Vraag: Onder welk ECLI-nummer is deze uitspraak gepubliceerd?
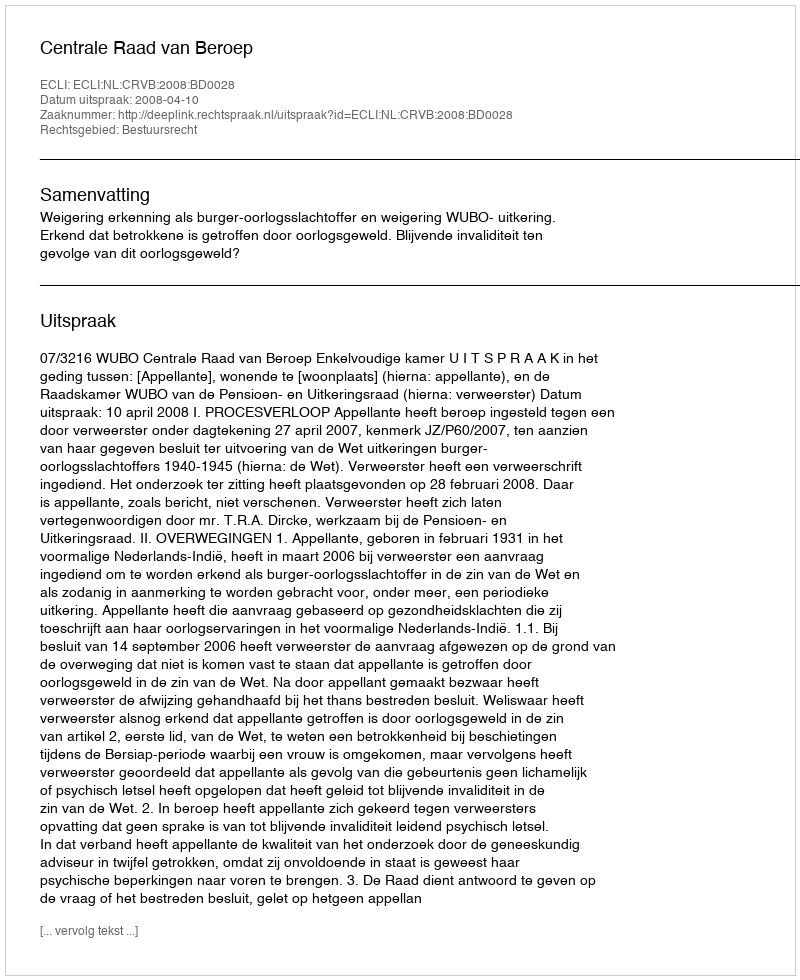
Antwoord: ECLI:NL:CRVB:2008:BD0028